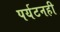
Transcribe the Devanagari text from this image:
पर्यटनही